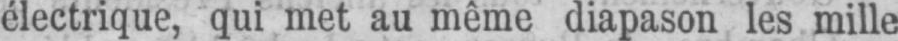
électrique, qui met au même diapason les mille